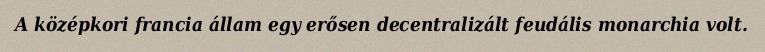
A középkori francia állam egy erősen decentralizált feudális monarchia volt.